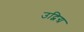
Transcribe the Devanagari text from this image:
उद्विग्र